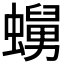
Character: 𧒺